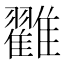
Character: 𩁙